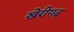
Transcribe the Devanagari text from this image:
खेरीगढ़